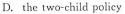
D.the two-child policy